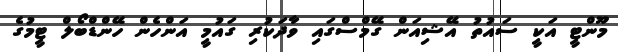
މޫންޓީ އަކީ ސައުތު އޭޝިއަން ގޭމްސްގައި ވާދަކުރި ގައުމީ އަންހެން ހޭންޑްބޯލް ޓީމުގެ